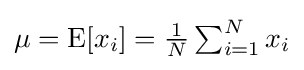
{\textstyle \mu =\operatorname {E} [x_{i}]={\frac {1}{N}}\sum _{i=1}^{N}x_{i}}